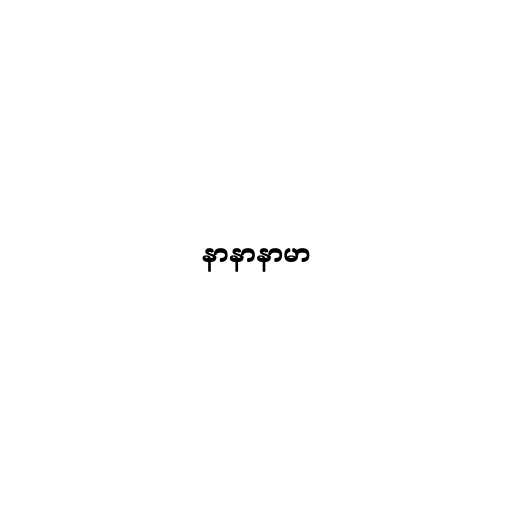
နာနာနာမာ